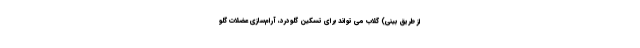
از طریق بینی) گلاب می تواند برای تسکین گلودرد، آرام‌سازی عضلات گلو